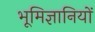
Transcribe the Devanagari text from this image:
भूमिज्ञानियों